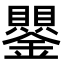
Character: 鑍